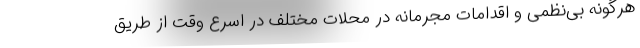
هرگونه بی‌نظمی و اقدامات مجرمانه در محلات مختلف در اسرع وقت از طریق